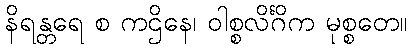
နိရန္တရေ စ ကဌိနေ၊ ဝါစ္စလိင်္ဂိက မုစ္စတေ။